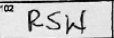
Transcription: RSW